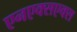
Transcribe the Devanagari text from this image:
एनएक्सएक्स